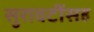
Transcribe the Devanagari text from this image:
सुरावटींसह